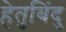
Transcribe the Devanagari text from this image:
हेतुबिंदु